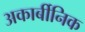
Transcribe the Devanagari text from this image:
अकार्बीनिक